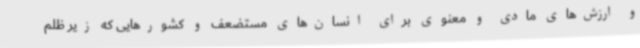
و ارزش‌های مادی و معنوی برای انسان‌های مستضعف و کشورهایی که زیر ظلم